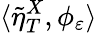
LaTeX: \langle\tilde{\eta}_{T}^{X},\phi_{\varepsilon}\rangle